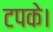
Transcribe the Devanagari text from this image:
टपके।